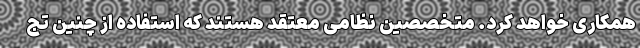
همکاری خواهد کرد. متخصصین نظامی معتقد هستند که استفاده از چنین تج